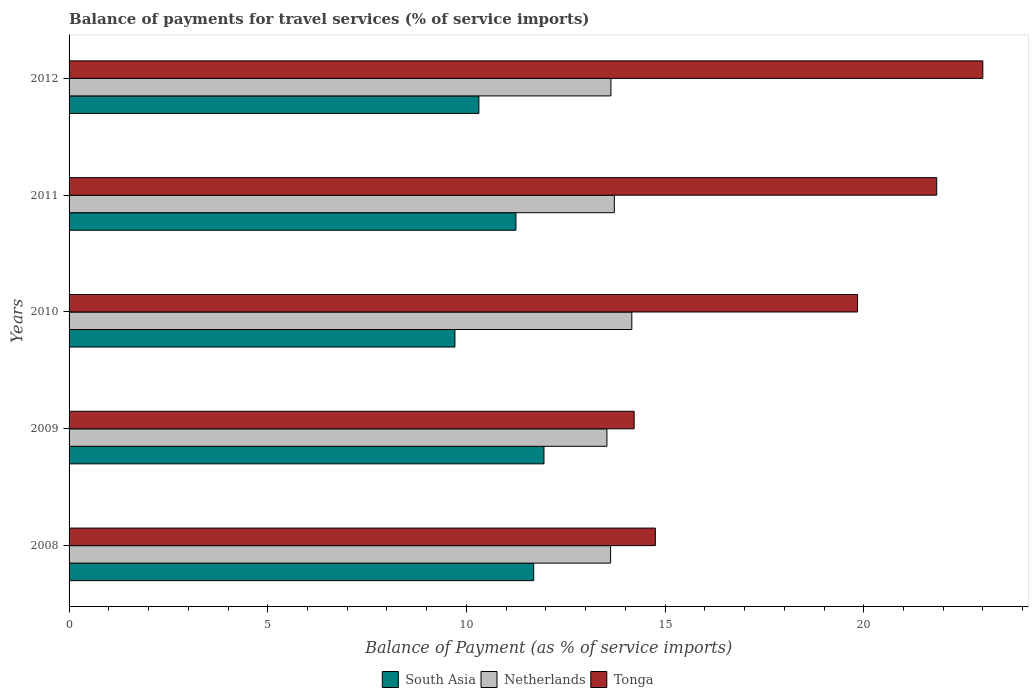
| Years | South Asia | Netherlands | Tonga |
 | --- | --- | --- | --- |
 | 2008 | 11.7 | 13.6 | 14.8 |
 | 2009 | 12 | 13.5 | 14.2 |
 | 2010 | 9.71 | 14.2 | 19.8 |
 | 2011 | 11.2 | 13.7 | 21.8 |
 | 2012 | 10.3 | 13.6 | 23 |